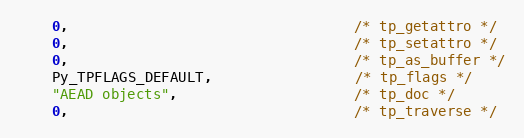
Language: C
    0,                                  /* tp_getattro */
    0,                                  /* tp_setattro */
    0,                                  /* tp_as_buffer */
    Py_TPFLAGS_DEFAULT,                 /* tp_flags */
    "AEAD objects",                     /* tp_doc */
    0,                                  /* tp_traverse */